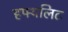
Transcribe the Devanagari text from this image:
हफ्थलिट